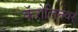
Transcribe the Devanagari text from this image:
कॅरोलिनवर